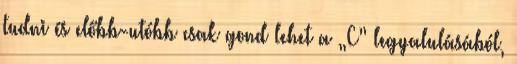
tudni és előbb-utóbb csak gond lehet a „C” legyalulásából,